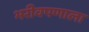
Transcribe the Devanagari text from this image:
भरीवपणाला